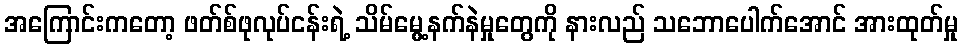
အကြောင်းကတော့ ဖတ်စ်ဖုလုပ်ငန်းရဲ့ သိမ်မွေ့နက်နဲမှုတွေကို နားလည် သဘောပေါက်အောင် အားထုတ်မှု